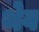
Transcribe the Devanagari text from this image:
थेव